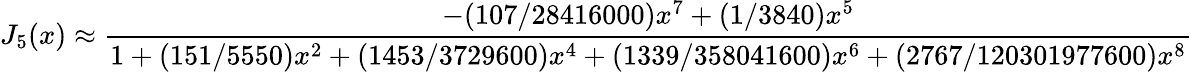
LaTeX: J_{5}(x)\approx{\frac{-(107/28416000)x^{7}+(1/3840)x^{5}}{1+(151/5550)x^{2}+(1453/3729600)x^{4}+(1339/358041600)x^{6}+(2767/120301977600)x^{8}}}